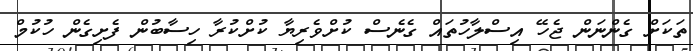
ތަކަށް ގެންނަން ޖެހޭ އިސްލާހުތައް ގެނެސް ކުށްވެރިޔާ ކުށްކުރާ ހިސާބުން ފެށިގެން ހުކުމް